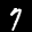
Label: 7